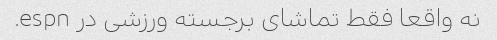
نه واقعا فقط تماشای برجسته ورزشی در espn.